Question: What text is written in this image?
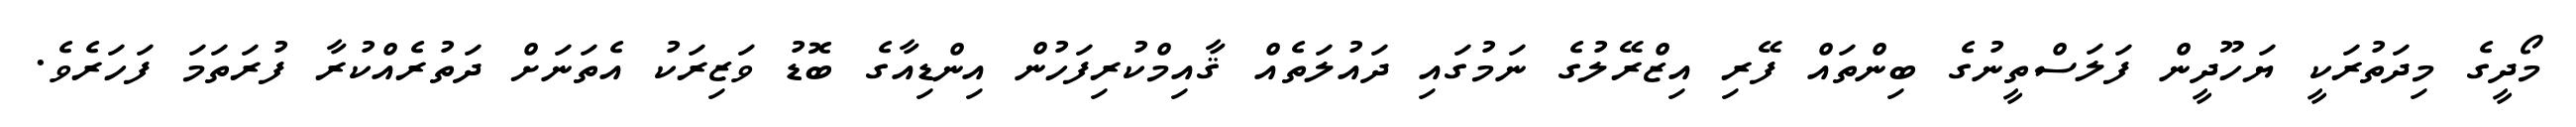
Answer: މޯދީގެ މިދަތުރަކީ ޔަހޫދީން ފަލަސްތީނުގެ ބިންތައް ފޭރި އިޒްރޭލުގެ ނަމުގައި ދައުލަތެއް ޤާއިމްކުރިފަހުން އިންޑިއާގެ ބޮޑު ވަޒިރަކު އެތަނަށް ދަތުރެއްކުރާ ފުރަތަމަ ފަހަރެވެ.